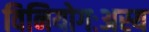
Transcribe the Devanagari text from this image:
विनियोगःअस्य